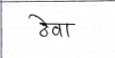
मजकूर: ठेवा